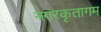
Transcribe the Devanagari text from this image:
नगरकृतागम